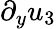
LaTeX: \partial_{y}{u_{3}}